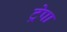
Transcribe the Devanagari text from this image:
ट्रेपा